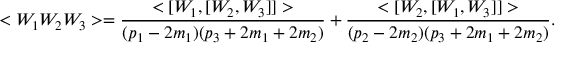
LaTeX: < W _ { 1 } W _ { 2 } W _ { 3 } > = \frac { < [ W _ { 1 } , [ W _ { 2 } , W _ { 3 } ] ] > } { ( p _ { 1 } - 2 m _ { 1 } ) ( p _ { 3 } + 2 m _ { 1 } + 2 m _ { 2 } ) } + \frac { < [ W _ { 2 } , [ W _ { 1 } , W _ { 3 } ] ] > } { ( p _ { 2 } - 2 m _ { 2 } ) ( p _ { 3 } + 2 m _ { 1 } + 2 m _ { 2 } ) } .